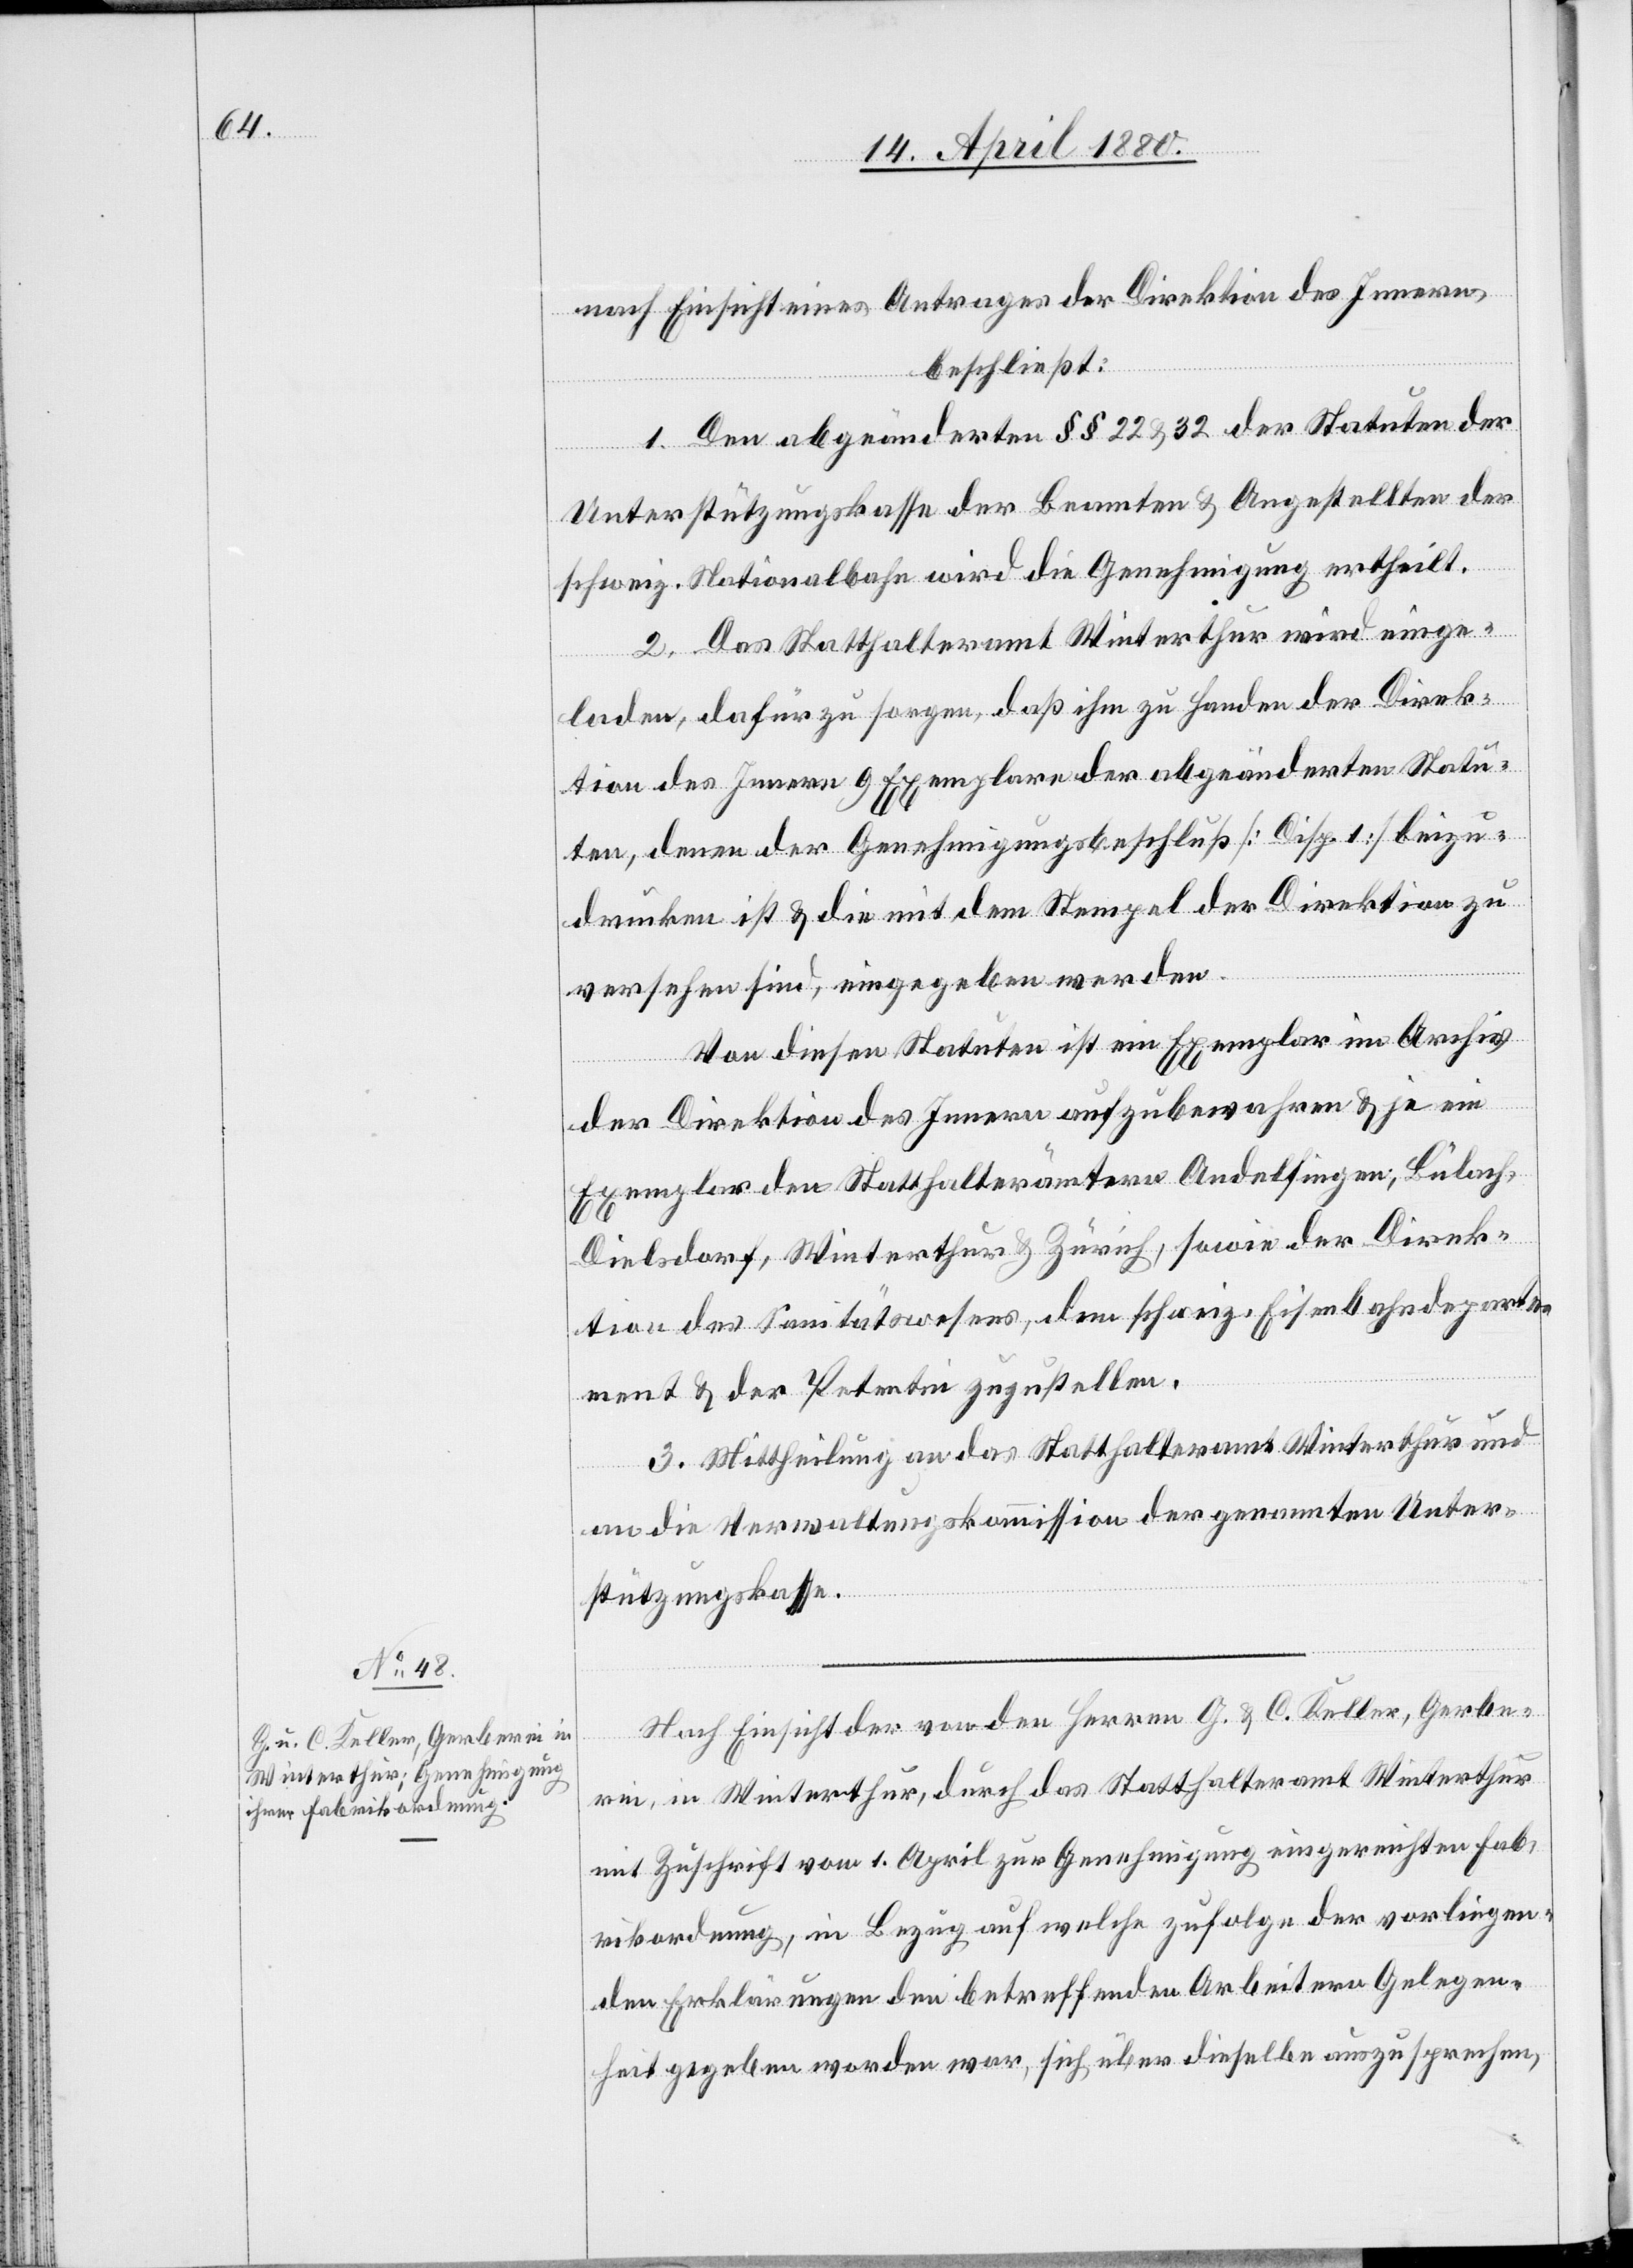
nach Einsicht eines Antrages der Direktion des Innern,
beschließt:
1. Den abgeänderten §§ 22 & 32 der Statuten der
Unterstützungskasse der Beamten & Angestellten der
schweiz. Nationalbahn wird die Genehmigung ertheilt.
2. Das Statthalteramt Winterthur wird einge¬
laden, dafür zu sorgen, daß ihm zu Handen der Direk¬
tion des Innern 9 Exemplare der abgeänderten Statu¬
ten, denen der Genehmigungsbeschluß [Disp. 1] beizu¬
drücken ist & die mit dem Stempel der Direktion zu
versehen sind, eingegeben werden.
Von diesen Statuten ist ein Exemplar im Archiv
der Direktion des Innern aufzubewahren & je ein
Exemplar den Statthalterämtern Andelfingen, Bülach,
Dielsdorf, Winterthur & Zürich, sowie der Direk¬
tion des Sanitätswesens, dem schweiz. Eisenbahndeparte¬
ment & der Petentin zuzustellen.
3. Mittheilung an das Statthalteramt Winterthur und
an die Verwaltungskommission der genannten Unter¬
stützungskasse.
Nach Einsicht der von den Herren G. & C. Keller, Gerbe¬
rei, in Winterthur, durch das Statthalteramt Winterthur
mit Zuschrift vom 1. April zur Genehmigung eingereichten Fab¬
rikordnung, in Bezug auf welche zufolge der vorliegen¬
den Erklärungen den betreffenden Arbeitern Gelegen¬
heit gegeben worden war, sich über dieselbe auszusprechen,